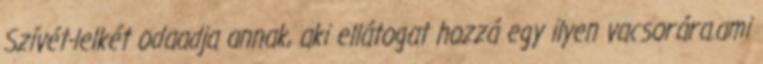
Szívét-lelkét odaadja annak, aki ellátogat hozzá egy ilyen vacsorára.ami